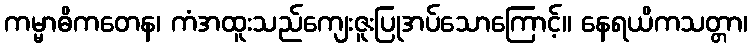
ကမ္မာဓိကတေန၊ ကံအထူးသည်ကျေးဇူးပြုအပ်သောကြောင့်။ နေရယိကသတ္တာ၊